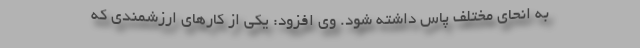
به انحای مختلف پاس داشته شود. وی افزود: یکی از کارهای ارزشمندی که